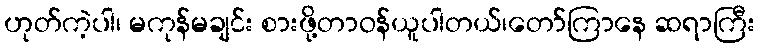
ဟုတ်ကဲ့ပါ၊ မကုန်မချင်း စားဖို့တာဝန်ယူပါတယ်၊တော်ကြာနေ ဆရာကြီး